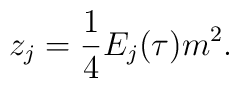
z_{j}={1\over 4}E_{j}(\tau ) m^{2}.